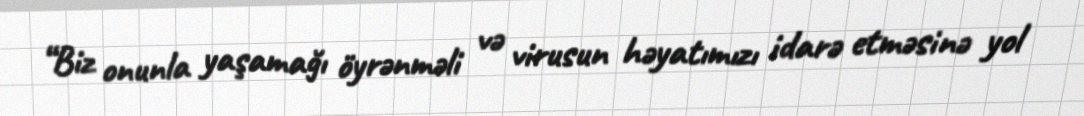
“Biz onunla yaşamağı öyrənməli və virusun həyatımızı idarə etməsinə yol